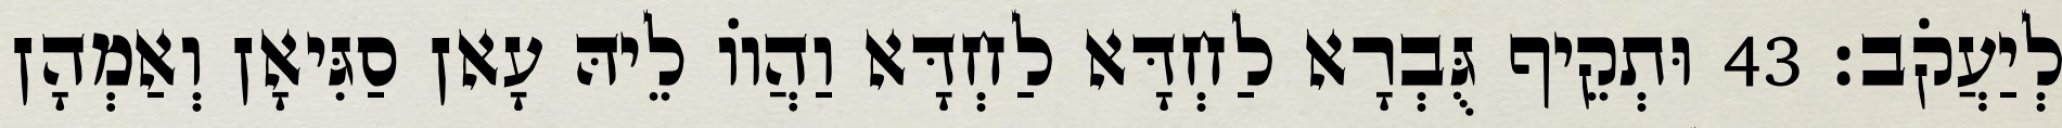
לְיַעֲקֹב׃ 43 וּתְקֵיף גֻּבְרָא לַחְדָּא לַחְדָּא וַהֲווֹ לֵיהּ עָאן סַגִּיאָן וְאַמְהָן